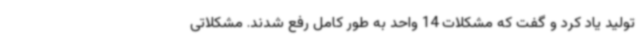
تولید یاد کرد و گفت که مشکلات 14 واحد به طور کامل رفع شدند. مشکلاتی